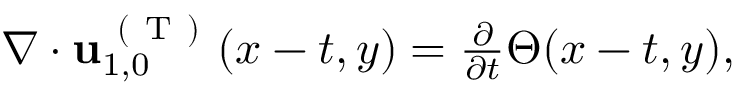
\begin{array} { r } { \nabla \cdot \mathbf { u } _ { 1 , 0 } ^ { \mathrm { ~ ( ~ T ~ ) ~ } } ( x - t , y ) = \frac { \partial } { \partial t } \Theta ( x - t , y ) , } \end{array}